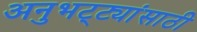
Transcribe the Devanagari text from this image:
अनुभट्ट्यांसाठी